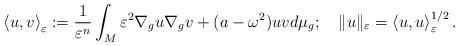
LaTeX: \begin{align*}{\displaystyle \left\langle u,v\right\rangle _{\varepsilon}:=\frac{1}{\varepsilon^{n}}\int_{M}\varepsilon^{2}\nabla_{g}u\nabla_{g}v+(a-\omega^{2})uvd\mu_{g};\ \ \ \|u\|_{\varepsilon}=\left\langle u,u\right\rangle _{\varepsilon}^{1/2}.}\end{align*}